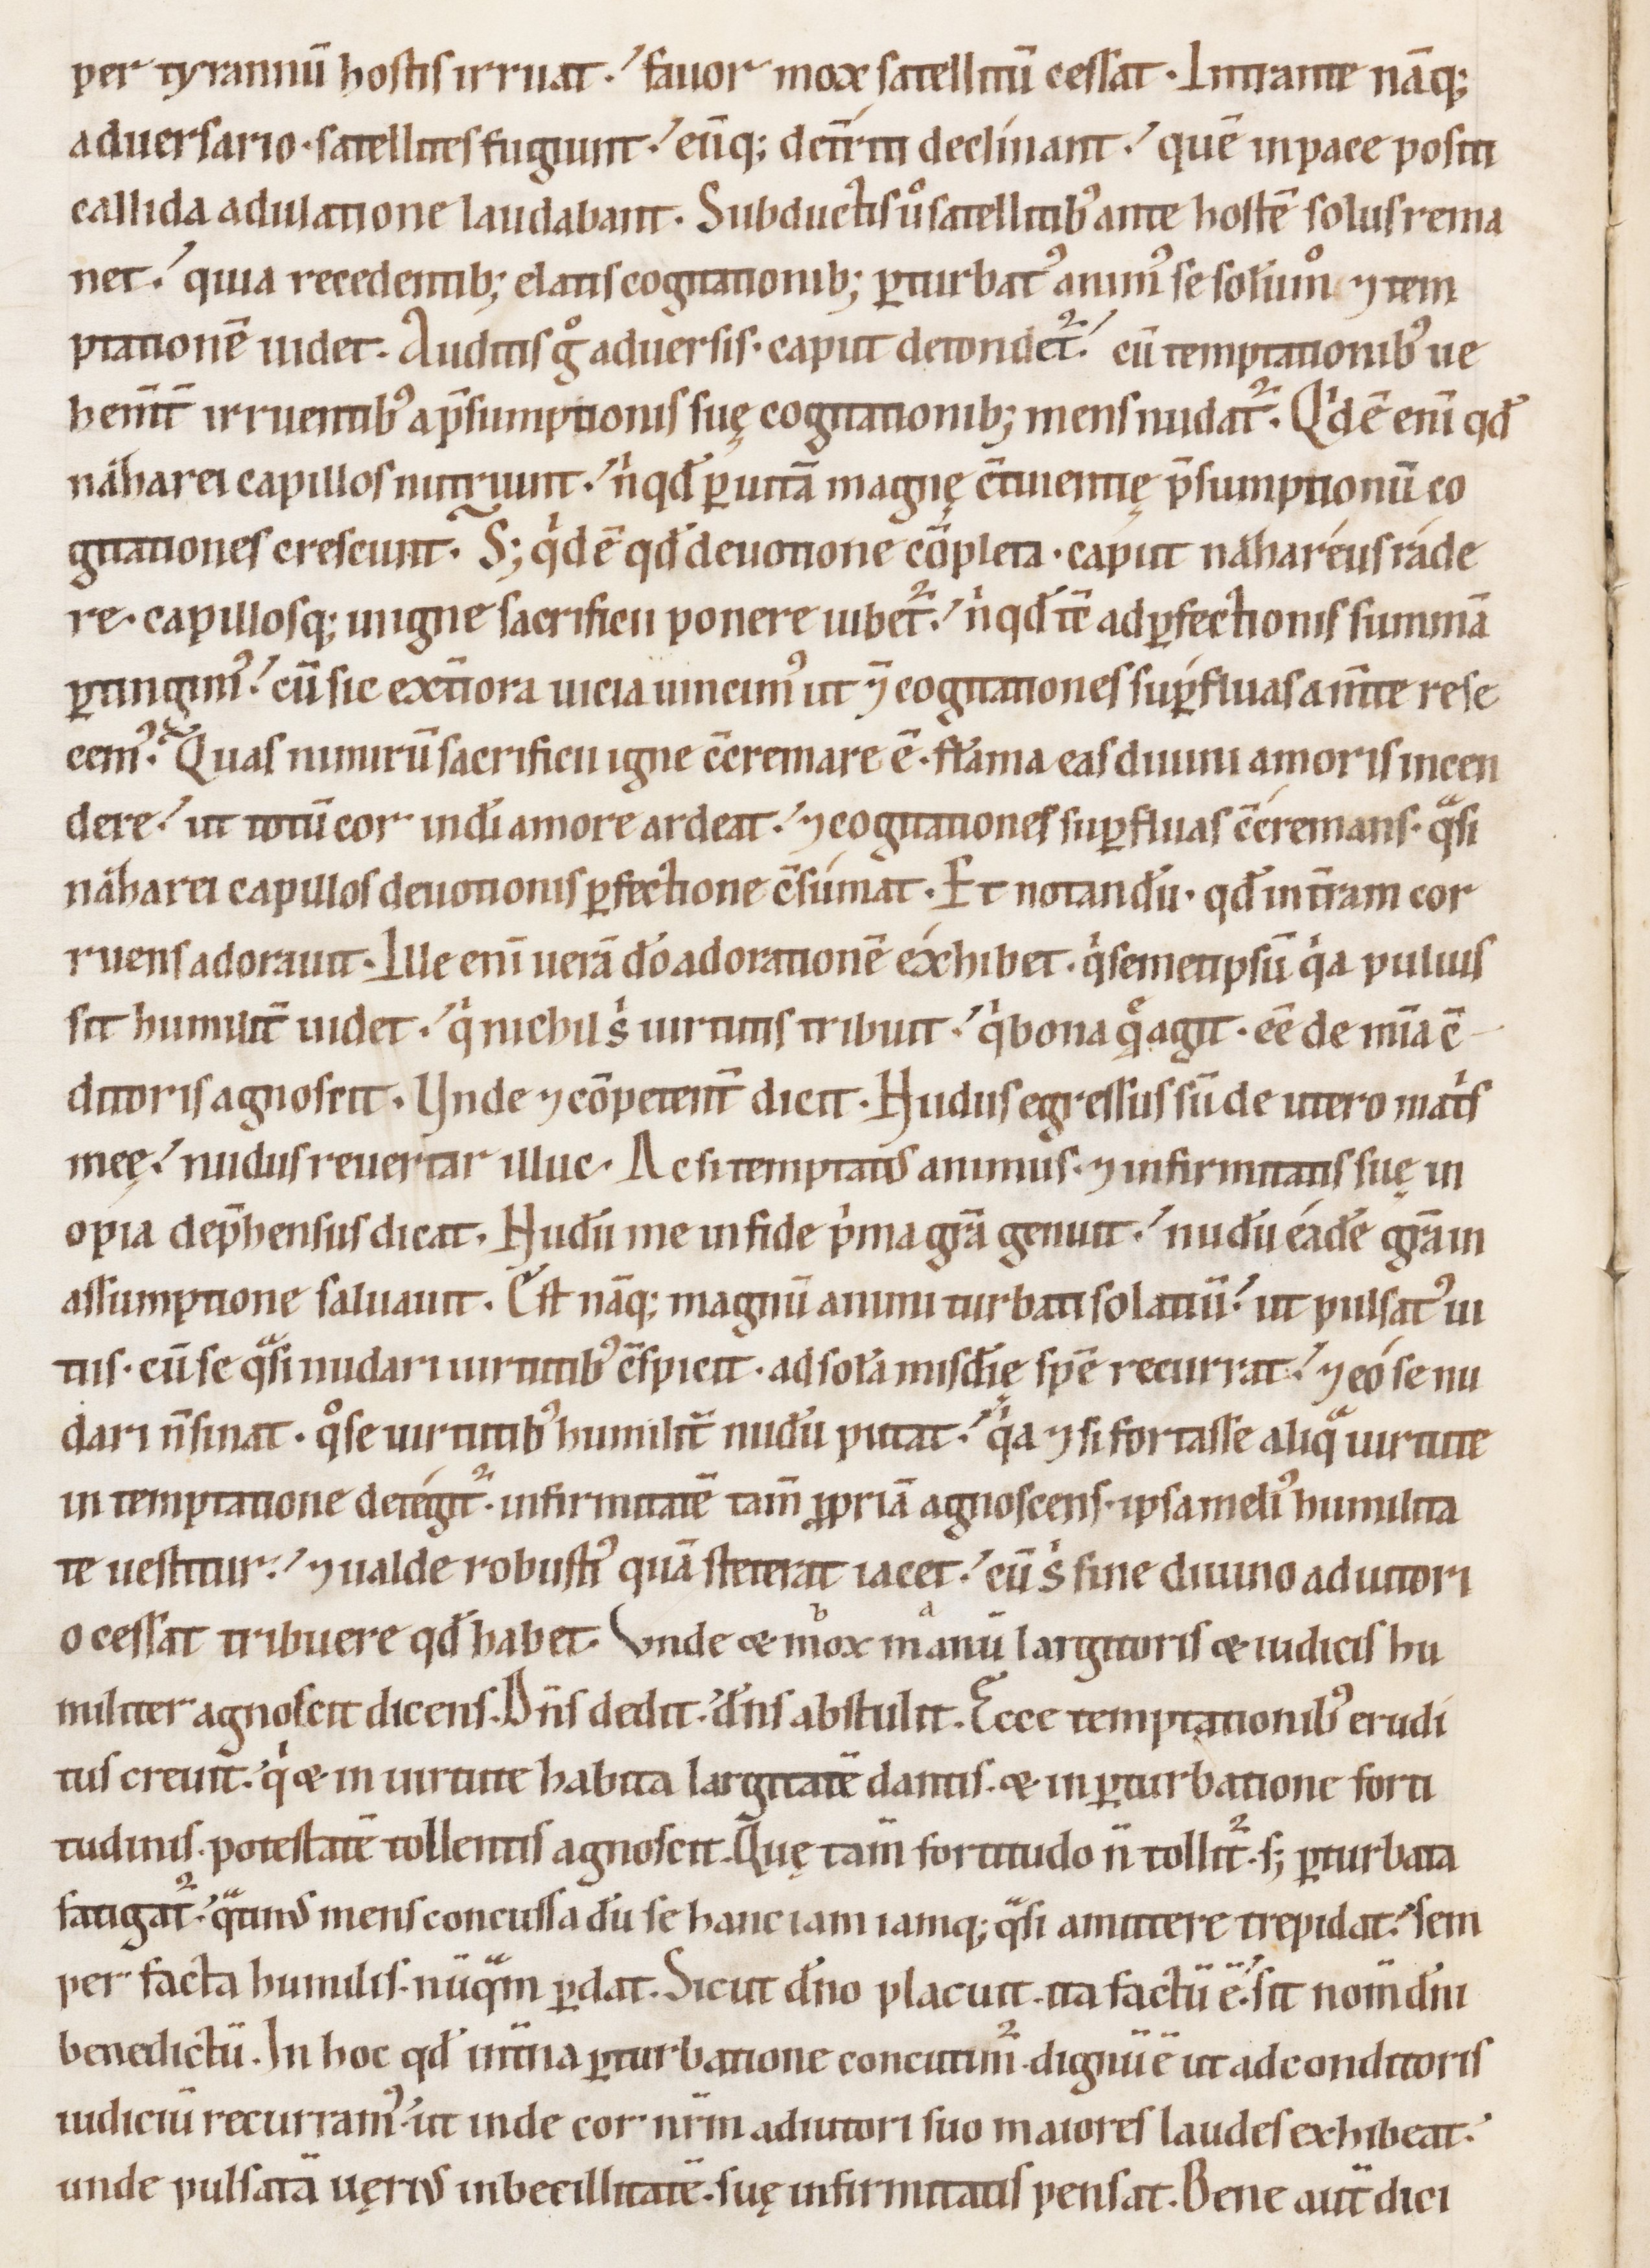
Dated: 1100–1199